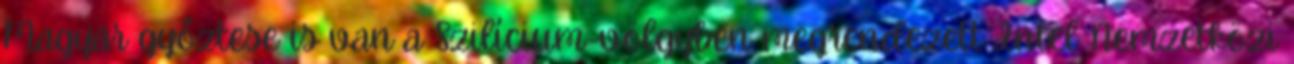
Magyar győztese is van a Szilícium-völgyben megrendezett Intel Nemzetközi